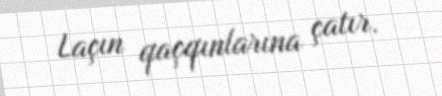
Laçın qaçqınlarına çatır.